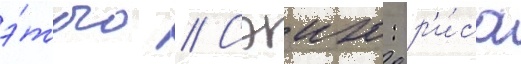
э́того // Сэию: р'и́са